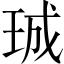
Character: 珹